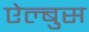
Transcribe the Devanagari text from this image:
ऐल्बुस